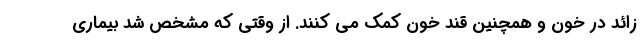
زائد در خون و همچنین قند خون کمک می کنند. از وقتی که مشخص شد بیماری